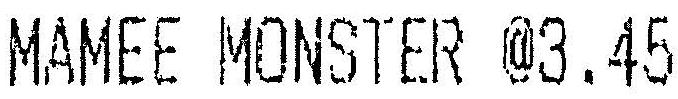
MAMEE MONSTER @3.45